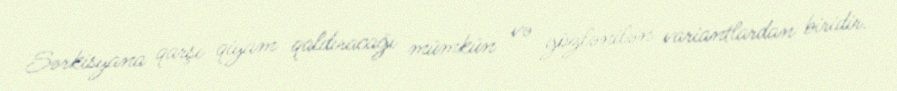
Sərkisyana qarşı qiyam qaldıracağı mümkün və gözlənilən variantlardan biridir.